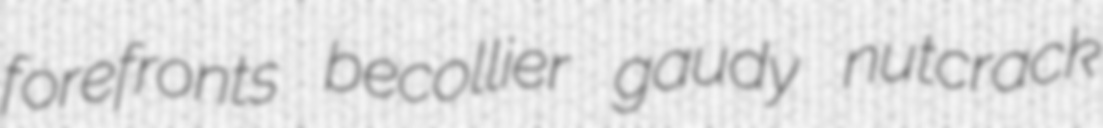
forefronts becollier gaudy nutcrack